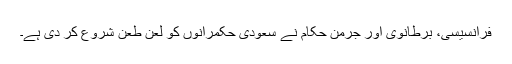
فرانسیسی، برطانوی اور جرمن حکام نے سعودی حکمرانوں کو لعن طعن شروع کر دی ہے۔